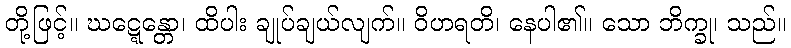
တို့ဖြင့်။ ဃဋ္ဋေန္တော၊ ထိပါး ချုပ်ချယ်လျက်။ ဝိဟရတိ၊ နေပါ၏။ သော ဘိက္ခု၊ သည်။